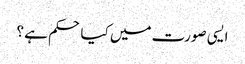
ایسی صورت میں کیا حکم ہے ؟